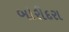
બોરીદરા